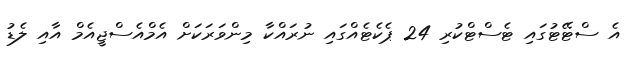
އެ ސްޓޭޓުގައި ޓެސްޓްކުރި 24 ޕެކެޓެއްގައި ނުރައްކާ މިންވަރަކަށް އެމްއެސްޖީއެމް އާއި ލެޑު